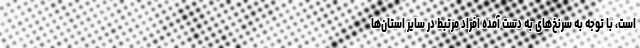
است، با توجه به سرنخ‌های به دست آمده افراد مرتبط در سایر استان‌ها